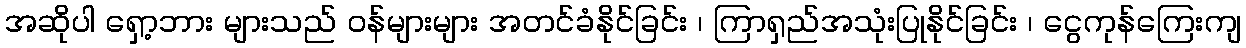
အဆိုပါ ရှော့ဘား များသည် ဝန်များများ အတင်ခံနိုင်ခြင်း ၊ ကြာရှည်အသုံးပြုနိုင်ခြင်း ၊ ငွေကုန်ကြေးကျ